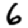
Digit: 6